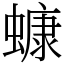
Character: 䗧